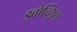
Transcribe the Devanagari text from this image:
इवोच्छ्रितः